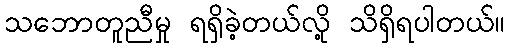
သဘောတူညီမှု ရရှိခဲ့တယ်လို့ သိရှိရပါတယ်။